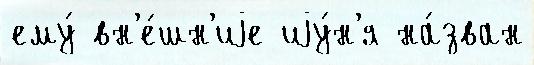
ему́ вн'е́шн'иjе иjу́н'я на́зван